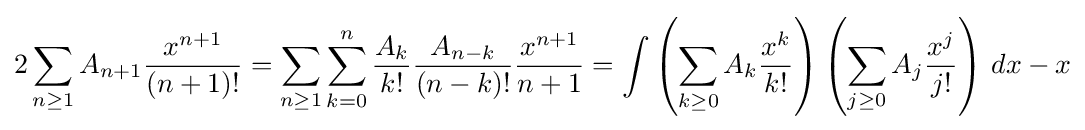
2\sum _{n\geq 1}A_{n+1}{\frac {x^{n+1}}{(n+1)!}}=\sum _{n\geq 1}\sum _{k=0}^{n}{\frac {A_{k}}{k!}}{\frac {A_{n-k}}{(n-k)!}}{\frac {x^{n+1}}{n+1}}=\int \left(\sum _{k\geq 0}A_{k}{\frac {x^{k}}{k!}}\right)\left(\sum _{j\geq 0}A_{j}{\frac {x^{j}}{j!}}\right)\,dx-x